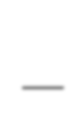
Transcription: –